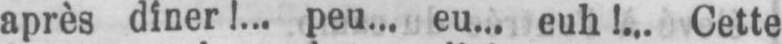
après diner!... peu... eu... euh!... Cette